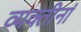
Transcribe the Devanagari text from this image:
व्यक्तीनां